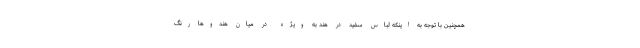
همچنین با توجه به اینکه لباس سفید در هند به ویژه در میان هندو‌ها رنگ